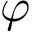
\varphi